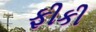
ફીકી